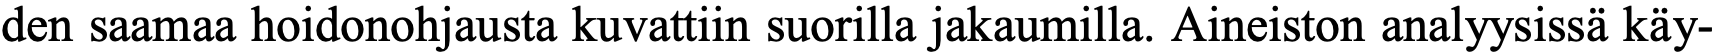
den saamaa hoidonohjausta kuvattiin suorilla jakaumilla. Aineiston analyysissä käy-